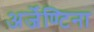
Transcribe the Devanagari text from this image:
अर्जेण्टिना